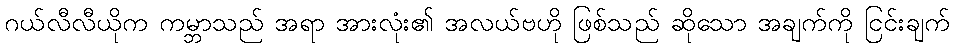
ဂယ်လီလီယိုက ကမ္ဘာသည် အရာ အားလုံး၏ အလယ်ဗဟို ဖြစ်သည် ဆိုသော အချက်ကို ငြင်းချက်